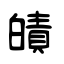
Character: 皟